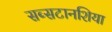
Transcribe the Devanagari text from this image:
सब्सटानशिया